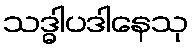
သဒ္ဓါပဒါနေသု